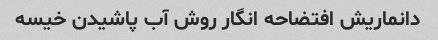
دانماریش افتضاحه انگار روش آب پاشیدن خیسه